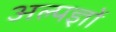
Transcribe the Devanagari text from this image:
अल्पज्ञों